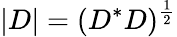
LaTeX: |D|=(D^{*}D)^{\frac{1}{2}}